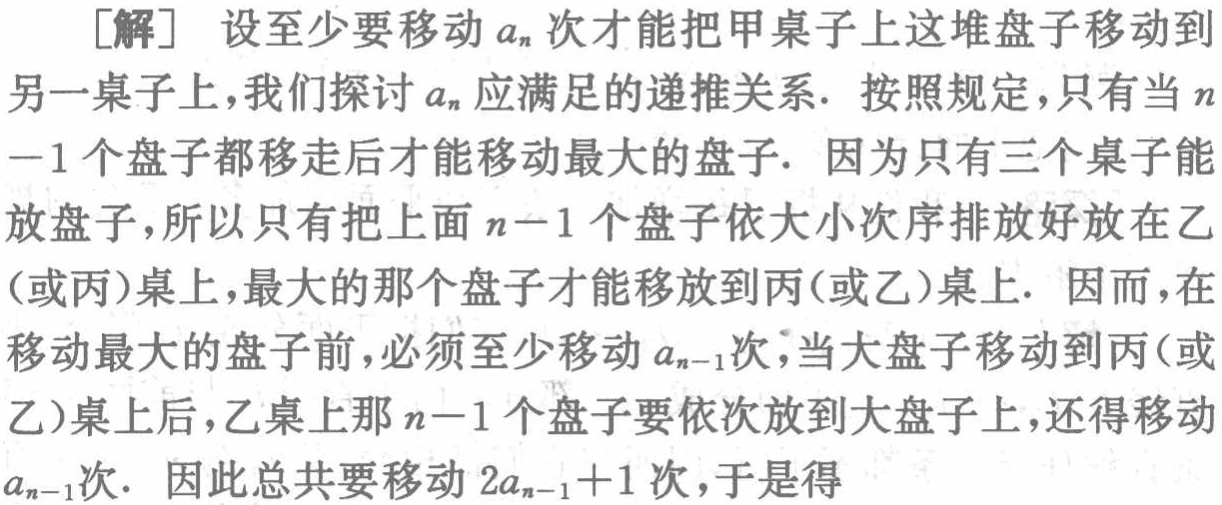
[解] 设至少要移动 \(a_{n}\) 次才能把甲桌子上这堆盘子移动到另一桌子上, 我们探讨 \(a_{n}\) 应满足的递推关系. 按照规定, 只有当 \(n - 1\) 个盘子都移走后才能移动最大的盘子. 因为只有三个桌子能放盘子, 所以只有把上面 \(n - 1\) 个盘子依大小次序排放好放在乙 (或丙) 桌上, 最大的那个盘子才能移放到丙 (或乙) 桌上. 因而, 在移动最大的盘子前, 必须至少移动 \(a_{n - 1}\) 次, 当大盘子移动到丙 (或乙) 桌上后, 乙桌上那 \(n - 1\) 个盘子要依次放到大盘子上, 还得移动 \(a_{n - 1}\) 次. 因此总共要移动 \(2a_{n - 1}+1\) 次, 于是得